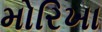
મોરિખા